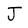
Character: J